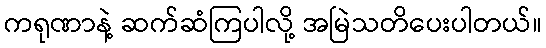
ကရုဏာနဲ့ ဆက်ဆံကြပါလို့ အမြဲသတိပေးပါတယ်။